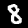
Digit: 8